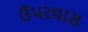
ઉપરવાસ